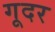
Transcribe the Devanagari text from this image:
गूदर